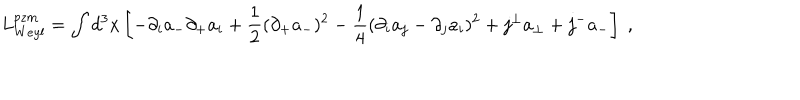
LaTeX: L _ { W e y l } ^ { p z m } = \int d ^ { 3 } { x } \left[ - \partial _ { i } a _ { - } \partial _ { + } a _ { i } + \frac 1 2 ( \partial _ { + } a _ { - } ) ^ { 2 } - \frac 1 4 ( \partial _ { i } a _ { j } - \partial _ { j } a _ { i } ) ^ { 2 } + j ^ { \perp } a _ { \perp } + j ^ { - } a _ { - } \right] \; ,